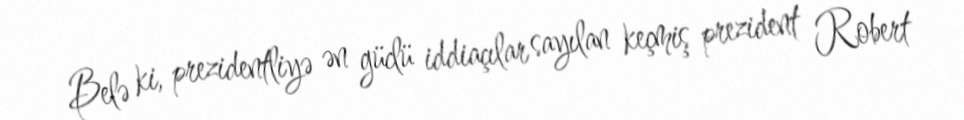
Belə ki, prezidentliyə ən güclü iddiaçılar sayılan keçmiş prezident Robert